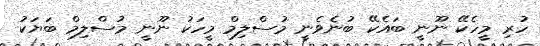
ހުރި މީހެކޭ ނޫނީ ބައެކޭ ބުނެވެނީ މުސްލިމް މީހަކު ނޫނީ މުސްލިމް ބަޔަކު